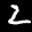
Label: 2